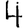
Digit: 4